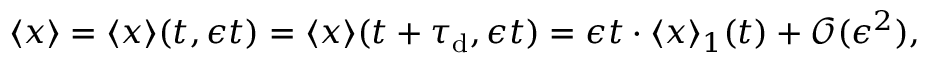
\langle x \rangle = \langle x \rangle ( t , \epsilon t ) = \langle x \rangle ( t + \tau _ { \mathrm { d } } , \epsilon t ) = \epsilon t \cdot \langle x \rangle _ { 1 } ( t ) + \mathcal { O } ( \epsilon ^ { 2 } ) ,